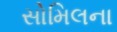
સોમિલના